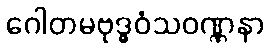
ဂေါတမဗုဒ္ဓဝံသဝဏ္ဏနာ